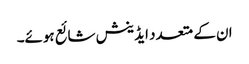
ان کے متعدد ایڈینش شائع ہوئے۔